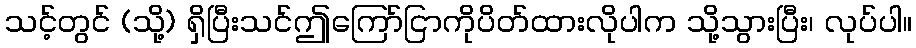
သင့်တွင် (သို့) ရှိပြီးသင်ဤကြော်ငြာကိုပိတ်ထားလိုပါက သို့သွားပြီး၊ လုပ်ပါ။